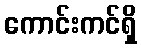
ကောင်းကင်ရှိ